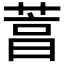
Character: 𦴒